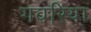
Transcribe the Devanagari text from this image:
गवरिया